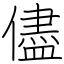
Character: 儘